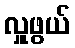
လှူဖွယ်